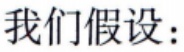
我们假设：